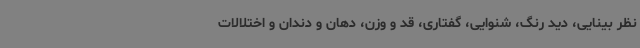
نظر بینایی، دید رنگ، شنوایی، گفتاری، قد و وزن، دهان و دندان و اختلالات